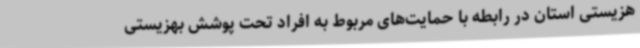
هزیستی استان در رابطه با حمایت‌های مربوط به افراد تحت پوشش بهزیستی